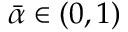
\bar { \alpha } \in ( 0 , 1 )